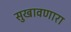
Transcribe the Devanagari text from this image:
सुखावणारा